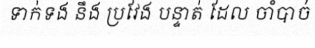
ទាក់ទង នឹង ប្រវែង បន្ទាត់ ដែល ចាំបាច់